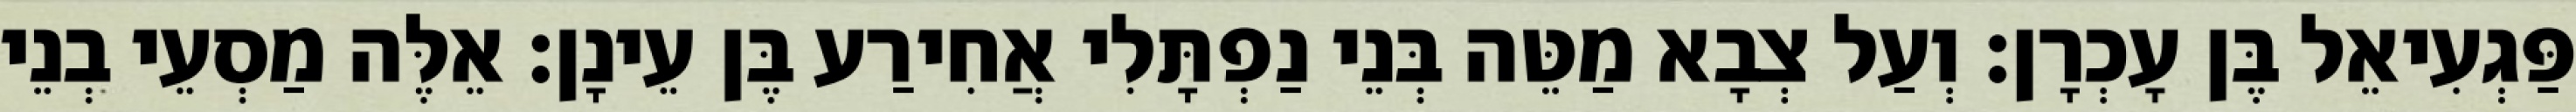
פַּגְעִיאֵל בֶּן עָכְרָן׃ וְעַל צְבָא מַטֵּה בְּנֵי נַפְתָּלִי אֲחִירַע בֶּן עֵינָן׃ אֵלֶּה מַסְעֵי בְנֵי